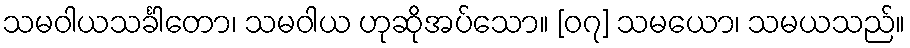
သမဝါယသင်္ခါတော၊ သမဝါယ ဟုဆိုအပ်သော။ [၀၇] သမယော၊ သမယသည်။